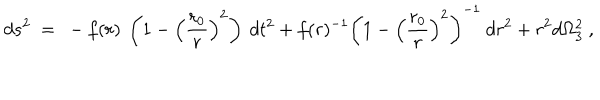
d s ^ { 2 } ~ = ~ - f ( r ) ~ \left( 1 - \left( \frac { r _ { 0 } } { r } \right) ^ { 2 } \right) ~ d t ^ { 2 } + f ( r ) ^ { - 1 } \left( 1 - \left( \frac { r _ { 0 } } { r } \right) ^ { 2 } \right) ^ { - 1 } ~ d r ^ { 2 } + r ^ { 2 } d \Omega _ { 3 } ^ { 2 } ~ ,